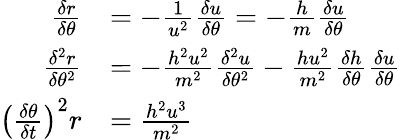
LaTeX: {\begin{array}{rl}{{\frac{\delta r}{\delta\theta}}}&{=-{\frac{1}{u^{2}}}{\frac{\delta u}{\delta\theta}}=-{\frac{h}{m}}{\frac{\delta u}{\delta\theta}}}\\ {{\frac{\delta^{2}r}{\delta\theta^{2}}}}&{=-{\frac{h^{2}u^{2}}{m^{2}}}{\frac{\delta^{2}u}{\delta\theta^{2}}}-{\frac{hu^{2}}{m^{2}}}{\frac{\delta h}{\delta\theta}}{\frac{\delta u}{\delta\theta}}}\\ {\left({\frac{\delta\theta}{\delta t}}\right)^{2}r}&{={\frac{h^{2}u^{3}}{m^{2}}}}\end{array}}